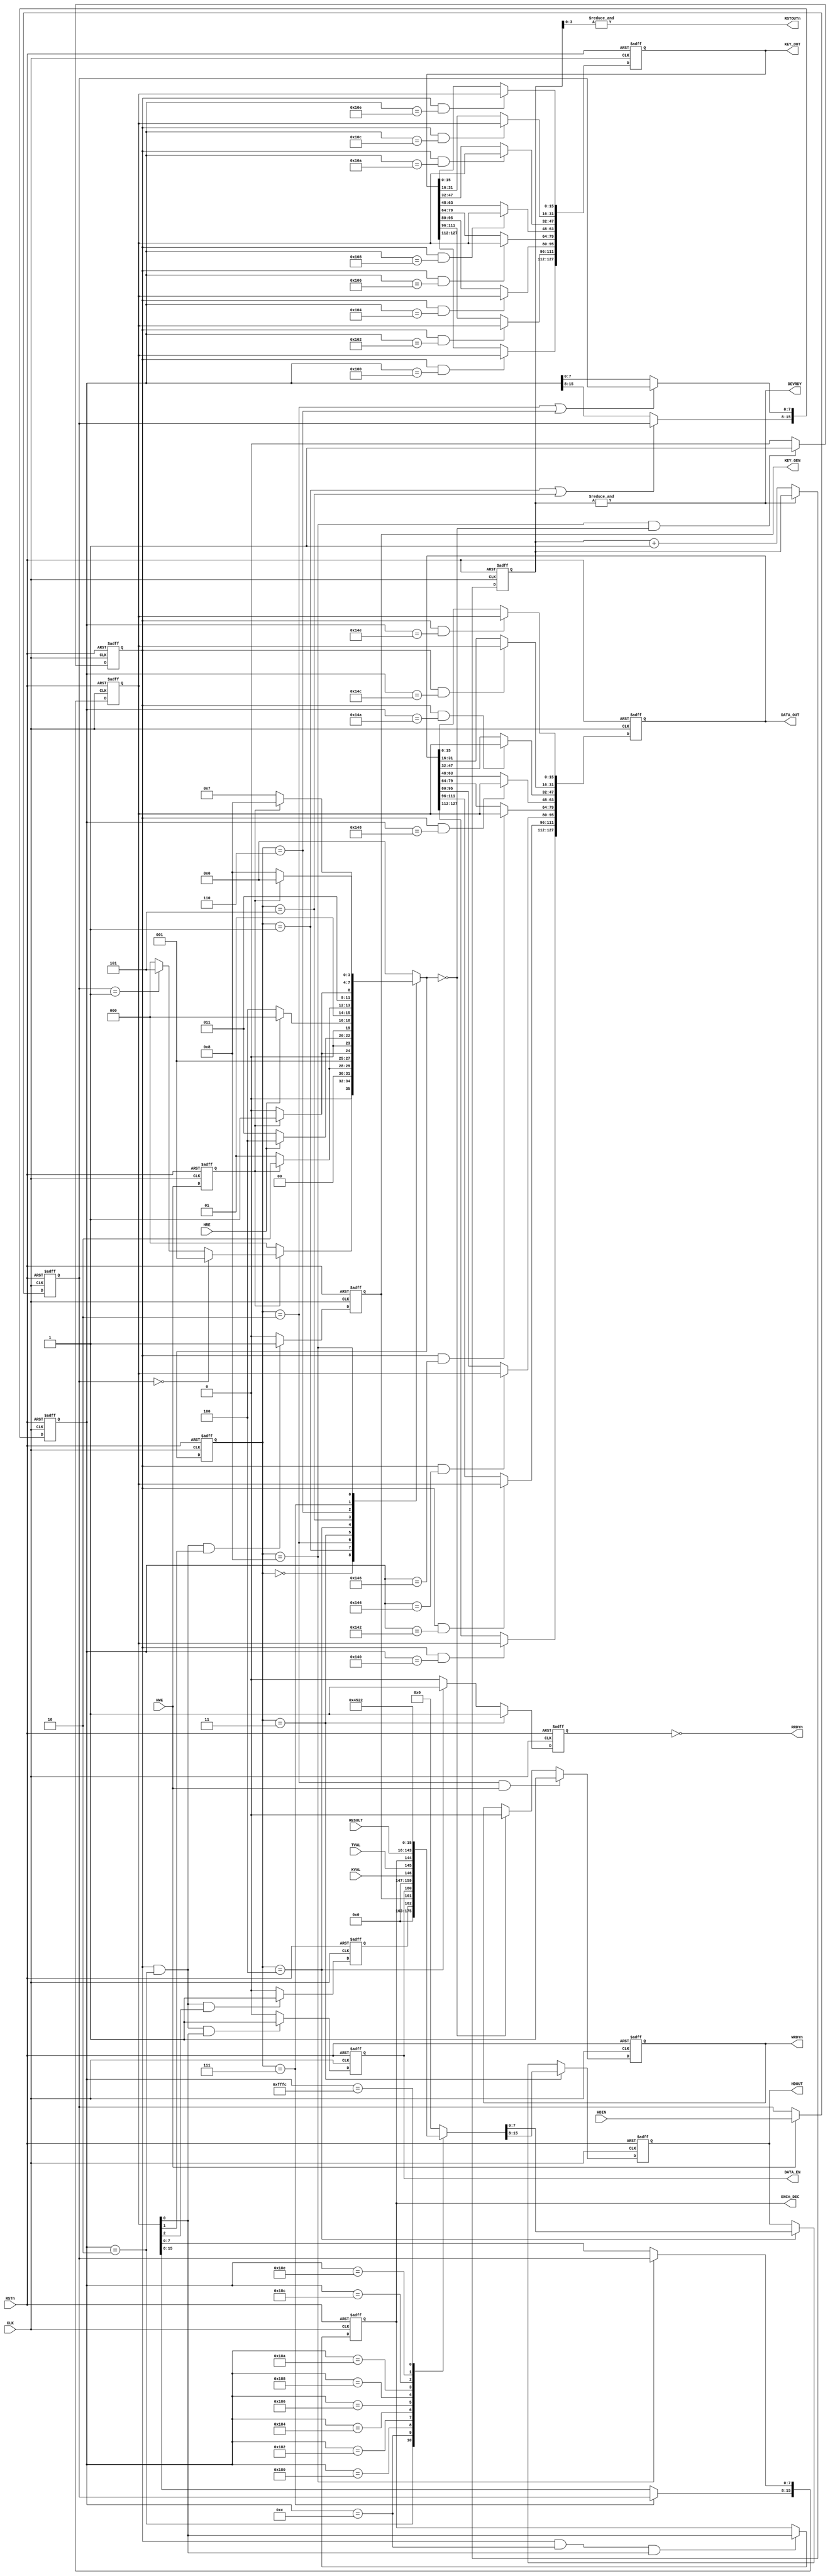
`timescale 1ns / 1ps
//////////////////////////////////////////////////////////////////////////////////
// Company             : UEC
// Engineer: 
// 
// Module Name:        : host_if
// Project Name        : sakura_g_aes128
// Target Devices:     : xc6slx75-2csg484
// Tool versions       : 13.4
// Description         : 
//
// Dependencies        : 
//
// Version             : 1.0
// Last Uodate         : July/29/2014
// Additional Comments : 
//////////////////////////////////////////////////////////////////////////////////
// Copyright (c) Satoh LaboratoryCUEC


module host_if(
  input          RSTn,     // Reset input
  input          CLK,      // Clock input

  output         DEVRDY,   // Device ready
  output         RRDYn,    // Read data empty
  output         WRDYn,    // Write buffer almost full
  input          HRE,      // Host read enable
  input          HWE,      // Host write enable
  input    [7:0] HDIN,     // Host data input
  output   [7:0] HDOUT,    // Host data output

  output         RSTOUTn,  // Internal reset output
  output         ENCn_DEC, // Encrypt/Decrypt select
  output         KEY_GEN,  // Round key generate
  output         DATA_EN,  // Encrypt or Decrypt Start
  input          KVAL,     // Round Key valid
  input          TVAL,
  output [127:0] KEY_OUT,  // Cipher key output
  output [127:0] DATA_OUT, // Cipher Text or Inverse Cipher Text output
  input  [127:0] RESULT    // Cipher Text or Inverse Cipher Text input
);


  parameter [3:0]  CMD = 4'h0, READ1 = 4'h1, READ2 = 4'h2, READ3 = 4'h3, READ4 = 4'h4,
                   WRITE1 = 4'h5, WRITE2 = 4'h6, WRITE3 = 4'h7, WRITE4 = 4'h8;

// ==================================================================
// Internal signals
// ==================================================================
  reg    [4:0] cnt;             // Reset delay counter
  reg          lbus_we_reg;     // Write input register
  reg    [7:0] lbus_din_reg;    // Write data input register
  reg    [3:0] next_if_state;   // Host interface next state  machine registers
  reg    [3:0] now_if_state;    // Host interface now state machine registers
  reg   [15:0] addr_reg;        // Internal address bus register
  reg   [15:0] data_reg;        // Internal write data bus register
  reg          write_ena;       // Internal register write enable

  reg          rst;             // Internal reset
  reg          enc_dec;         // Encrypt/Decrypt select register
  reg          key_gen;         // Round key generate
  reg          data_ena;        // Encrypt or Decrypt Start
  reg  [127:0] key_reg;         // Cipher Key register
  reg  [127:0] din_reg;         // Text input register

  reg          wbusy_reg;       // Write busy register
  reg          rrdy_reg;        // Read ready register
  reg   [15:0] dout_mux;        // Read data multiplex
  reg    [7:0] hdout_reg;       // Read data register
 
// ================================================================================
// Equasions
// ================================================================================
  // Reset delay counter
  always @( posedge CLK or negedge RSTn ) begin
    if ( RSTn == 1'b0 ) cnt <= 5'h00;
    else if (~&cnt) cnt <= cnt + 1'b1;
  end

  assign RSTOUTn = &cnt[3:0];
  assign DEVRDY  = &cnt;

  // Local bus input registers
  always @( posedge CLK or negedge RSTn ) begin
    if ( RSTn == 1'b0 ) begin
      lbus_we_reg <= 1'b0;
      lbus_din_reg <= 8'h00;
    end
    else begin
      lbus_we_reg <= HWE;

      if ( HWE == 1'b1 ) lbus_din_reg <= HDIN;
      else lbus_din_reg <= lbus_din_reg;
    end
  end

  // State machine register
  always @( posedge CLK or negedge RSTn ) begin
    if ( RSTn == 1'b0 ) begin
      now_if_state <= CMD;
    end
    else begin
      now_if_state <= next_if_state;
    end
  end

  // State machine control
  always @( now_if_state or lbus_we_reg or lbus_din_reg or HRE ) begin
    case ( now_if_state )
      CMD  : if ( lbus_we_reg == 1'b1 )
                if ( lbus_din_reg == 8'h00 ) next_if_state = READ1;
                else if ( lbus_din_reg == 8'h01 ) next_if_state = WRITE1;
                else next_if_state = CMD;
              else next_if_state = CMD;

      READ1 : if ( lbus_we_reg == 1'b1 ) next_if_state = READ2;   // Address High read
              else next_if_state = READ1;
      READ2 : if ( lbus_we_reg == 1'b1 ) next_if_state = READ3;   // Address Low read
              else next_if_state = READ2;
      READ3 : if ( HRE == 1'b1 ) next_if_state = READ4;           // Data High read
              else  next_if_state = READ3;
      READ4 : if ( HRE == 1'b1 ) next_if_state = CMD;            // Data Low read
              else  next_if_state = READ4;

      WRITE1: if ( lbus_we_reg == 1'b1 ) next_if_state = WRITE2;  // Address High read
              else next_if_state = WRITE1;
      WRITE2: if ( lbus_we_reg == 1'b1 ) next_if_state = WRITE3;  // Address Low read
              else next_if_state = WRITE2;
      WRITE3: if ( lbus_we_reg == 1'b1 ) next_if_state = WRITE4;  // Data High write
              else next_if_state = WRITE3;
      WRITE4: if ( lbus_we_reg == 1'b1 ) next_if_state = CMD;    // Data Low write
              else next_if_state = WRITE4;
     default: next_if_state = CMD; 
    endcase
  end

  // Internal bus 
  always @( posedge CLK or negedge RSTn ) begin
    if ( RSTn == 1'b0 ) begin
      addr_reg <= 16'h0000;
      data_reg <= 16'h0000;
      write_ena <= 1'b0;
    end
    else begin
      if (( now_if_state == READ1 ) || ( now_if_state == WRITE1 )) addr_reg[15:8] <= lbus_din_reg;
      else addr_reg[15:8] <= addr_reg[15:8];

      if (( now_if_state == READ2 ) || ( now_if_state == WRITE2 )) addr_reg[7:0] <= lbus_din_reg;
      else addr_reg[7:0] <= addr_reg[7:0];

      if ( now_if_state == WRITE3 ) data_reg[15:8] <= lbus_din_reg;
      else data_reg[15:8] <= data_reg[15:8];

      if ( now_if_state == WRITE4 ) data_reg[7:0] <= lbus_din_reg;
      else data_reg[7:0] <= data_reg[7:0];

      write_ena <= (( now_if_state == WRITE4 ) && ( next_if_state == CMD ))? 1'b1 : 1'b0;
    end
  end

  // AES register
  always @( posedge CLK or negedge RSTn ) begin
    if ( RSTn == 1'b0 ) begin
      key_gen <= 1'b0;
      data_ena <= 1'b0;
      rst <= 1'b0;
      enc_dec <= 1'b0;
      key_reg <= 128'h00000000_00000000_00000000_00000000;
      din_reg <= 128'h00000000_00000000_00000000_00000000;
    end
    else begin
      if (( write_ena == 1'b1 ) && ( addr_reg == 16'h0002 ) && ( data_reg[0] == 1'b1 )) data_ena <= 1'b1;
      else data_ena <= 1'b0;

      if (( write_ena == 1'b1 ) && ( addr_reg == 16'h0002 ) && ( data_reg[1] == 1'b1 )) key_gen <= 1'b1;
      else key_gen <= 1'b0;

      if (( write_ena == 1'b1 ) && ( addr_reg == 16'h0002 ) && ( data_reg[2] == 1'b1 )) rst <= 1'b1;
      else rst <= 1'b0;

      if (( write_ena == 1'b1 ) && ( addr_reg == 16'h000c ) && ( data_reg[0] == 1'b1 )) enc_dec <= data_reg[0];
      else enc_dec <= enc_dec;

      if (( write_ena == 1'b1 ) && ( addr_reg == 16'h0100 )) key_reg[127:112] <= data_reg;
      else key_reg[127:112] <= key_reg[127:112];
      if (( write_ena == 1'b1 ) && ( addr_reg == 16'h0102 )) key_reg[111: 96] <= data_reg;
      else key_reg[111:96] <= key_reg[111:96];
      if (( write_ena == 1'b1 ) && ( addr_reg == 16'h0104 )) key_reg[ 95: 80] <= data_reg;
      else key_reg[ 95: 80] <= key_reg[ 95: 80];
      if (( write_ena == 1'b1 ) && ( addr_reg == 16'h0106 )) key_reg[ 79: 64] <= data_reg;
      else key_reg[ 79: 64] <= key_reg[ 79: 64];
      if (( write_ena == 1'b1 ) && ( addr_reg == 16'h0108 )) key_reg[ 63: 48] <= data_reg;
      else key_reg[ 63: 48] <= key_reg[ 63: 48];
      if (( write_ena == 1'b1 ) && ( addr_reg == 16'h010a )) key_reg[ 47: 32] <= data_reg;
      else key_reg[ 47: 32] <= key_reg[ 47: 32];
      if (( write_ena == 1'b1 ) && ( addr_reg == 16'h010c )) key_reg[ 31: 16] <= data_reg;
      else key_reg[ 31: 16] <= key_reg[ 31: 16];
      if (( write_ena == 1'b1 ) && ( addr_reg == 16'h010e )) key_reg[ 15:  0] <= data_reg;
      else key_reg[ 15:  0] <= key_reg[ 15:  0];

      if (( write_ena == 1'b1 ) && ( addr_reg == 16'h0140 )) din_reg[127:112] <= data_reg;
      else din_reg[127:112] <= din_reg[127:112];
      if (( write_ena == 1'b1 ) && ( addr_reg == 16'h0142 )) din_reg[111: 96] <= data_reg;
      else din_reg[111:96] <= din_reg[111:96];
      if (( write_ena == 1'b1 ) && ( addr_reg == 16'h0144 )) din_reg[ 95: 80] <= data_reg;
      else din_reg[ 95: 80] <= din_reg[ 95: 80];
      if (( write_ena == 1'b1 ) && ( addr_reg == 16'h0146 )) din_reg[ 79: 64] <= data_reg;
      else din_reg[ 79: 64] <= din_reg[ 79: 64];
      if (( write_ena == 1'b1 ) && ( addr_reg == 16'h0148 )) din_reg[ 63: 48] <= data_reg;
      else din_reg[ 63: 48] <= din_reg[ 63: 48];
      if (( write_ena == 1'b1 ) && ( addr_reg == 16'h014a )) din_reg[ 47: 32] <= data_reg;
      else din_reg[ 47: 32] <= din_reg[ 47: 32];
      if (( write_ena == 1'b1 ) && ( addr_reg == 16'h014c )) din_reg[ 31: 16] <= data_reg;
      else din_reg[ 31: 16] <= din_reg[ 31: 16];
      if (( write_ena == 1'b1 ) && ( addr_reg == 16'h014e )) din_reg[ 15:  0] <= data_reg;
      else din_reg[ 15:  0] <= din_reg[ 15:  0];
    end
  end


  // Read data multiplax
  always @( addr_reg or rst or enc_dec or key_gen or data_ena or KVAL or TVAL or RESULT ) begin
    case( addr_reg )
      16'h0002: dout_mux = { 13'h0000, rst, key_gen, data_ena };
      16'h000c: dout_mux = { KVAL, TVAL, enc_dec };
      16'h0180: dout_mux = RESULT[127:112];
      16'h0182: dout_mux = RESULT[111:96];
      16'h0184: dout_mux = RESULT[95:80];
      16'h0186: dout_mux = RESULT[79:64];
      16'h0188: dout_mux = RESULT[63:48];
      16'h018a: dout_mux = RESULT[47:32];
      16'h018c: dout_mux = RESULT[31:16];
      16'h018e: dout_mux = RESULT[15:0];
      16'hfffc: dout_mux = 16'h4522;
       default: dout_mux = 16'h0000;
    endcase
  end

  //
  always @( posedge CLK or negedge RSTn ) begin
    if ( RSTn == 1'b0 ) begin
      wbusy_reg <= 1'b0;
      rrdy_reg <= 1'b0;
      hdout_reg <= 8'h00;
    end
    else begin
      if (( now_if_state == READ2 ) && ( HWE == 1'b1 )) wbusy_reg <= 1'b1;
      else if ( next_if_state == CMD ) wbusy_reg <= 1'b0;
      else wbusy_reg <= wbusy_reg;

      if ( now_if_state == READ3 ) rrdy_reg <= 1'b1;
      else if ( now_if_state == READ4 ) rrdy_reg <= 1'b1;
      else rrdy_reg <= 1'b0;

      if ( now_if_state == READ3 ) hdout_reg <= dout_mux[15:8];
      else if ( now_if_state == READ4 ) hdout_reg <= dout_mux[7:0];
      else hdout_reg <= hdout_reg;
    end
  end

  assign WRDYn = wbusy_reg;
  assign RRDYn = ~rrdy_reg;
  assign HDOUT = hdout_reg;

  assign ENCn_DEC = enc_dec;
  assign KEY_GEN = key_gen;
  assign DATA_EN = data_ena;
  assign KEY_OUT = key_reg;
  assign DATA_OUT = din_reg;

endmodule